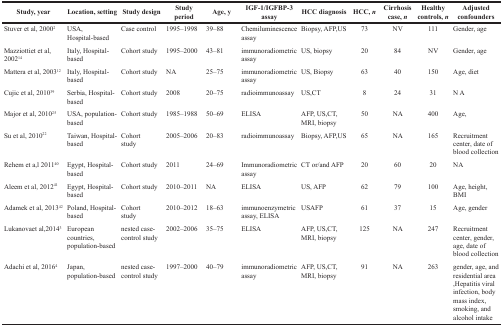
| Study, year | Location, setting | Study design | Study period | Age, y | IGF-1/IGFBP-3 assay | HCC diagnosis | HCC, n | Cirrhosis case, n | Healthy controls, n | Adjusted confounders |
 | --- | --- | --- | --- | --- | --- | --- | --- | --- | --- | --- |
 | Stuver et al, 20002 | USA, Hospital-based | Case control | 1995–1998 | 39–88 | Chemiluminescence assay | Biopsy, AFP, US | 73 | NV | 111 | Gender, age |
 | Mazziottiet et al, 200214 | Italy, Hospital-based | Cohort study | 1995–2000 | 43–81 | immunoradiometric assay | US, biopsy | 20 | 84 | NV | Gender, age |
 | Mattera et al, 200312 | Italy, Hospital-based | Cohort study | NA | 25–75 | immunoradiometric assay | US, Biopsy | 63 | 40 | 150 | Age, diet |
 | Cujic et al, 201039 | Serbia, Hospital-based | Cohort study | 2008 | 20–75 | radioimmunoassay | US, CT | 8 | 24 | 31 | N A |
 | Major et al, 201025 | USA, population-based | Cohort study | 1985–1988 | 50–69 | ELISA | AFP, US, CT, MRI, biopsy | 50 | NA | 400 | Age, |
 | Su et al, 201022 | Taiwan, Hospital-based | Cohort study | 2005–2006 | 20–83 | radioimmunoassay | Biopsy, AFP, US | 65 | NA | 165 | Recruitment center, date of blood collection |
 | Rehem et a,l 201140 | Egypt, Hospital-based | Cohort study | 2011 | 24–69 | Immunoradiometric assay | CT or/and AFP | 20 | 60 | 20 | NA |
 | Aleem et al, 201241 | Egypt, Hospital-based | Cohort study | 2010–2011 | NA | ELISA | US, AFP | 62 | 79 | 100 | Age, height, BMI |
 | Adamek et al, 201342 | Poland, Hospital-based | Cohort study | 2010–2012 | 18–63 | immunoenzymetric assay, ELISA | USAFP | 61 | 37 | 15 | Age, gender |
 | Lukanova et al, 20143 | European countries, population-based | nested case-control study | 2002–2006 | 35–75 | ELISA | AFP, US, CT, MRI, biopsy | 125 | NA | 247 | Recruitment center, gender, age, date of blood collection |
 | Adachi et al, 20164 | Japan, population-based | nested case-control study | 1997–2000 | 40–79 | immunoradiometric assay | AFP, US, CT, MRI, biopsy | 91 | NA | 263 | gender, age, and residential area, Hepatitis viral infection, body mass index, smoking, and alcohol intake |